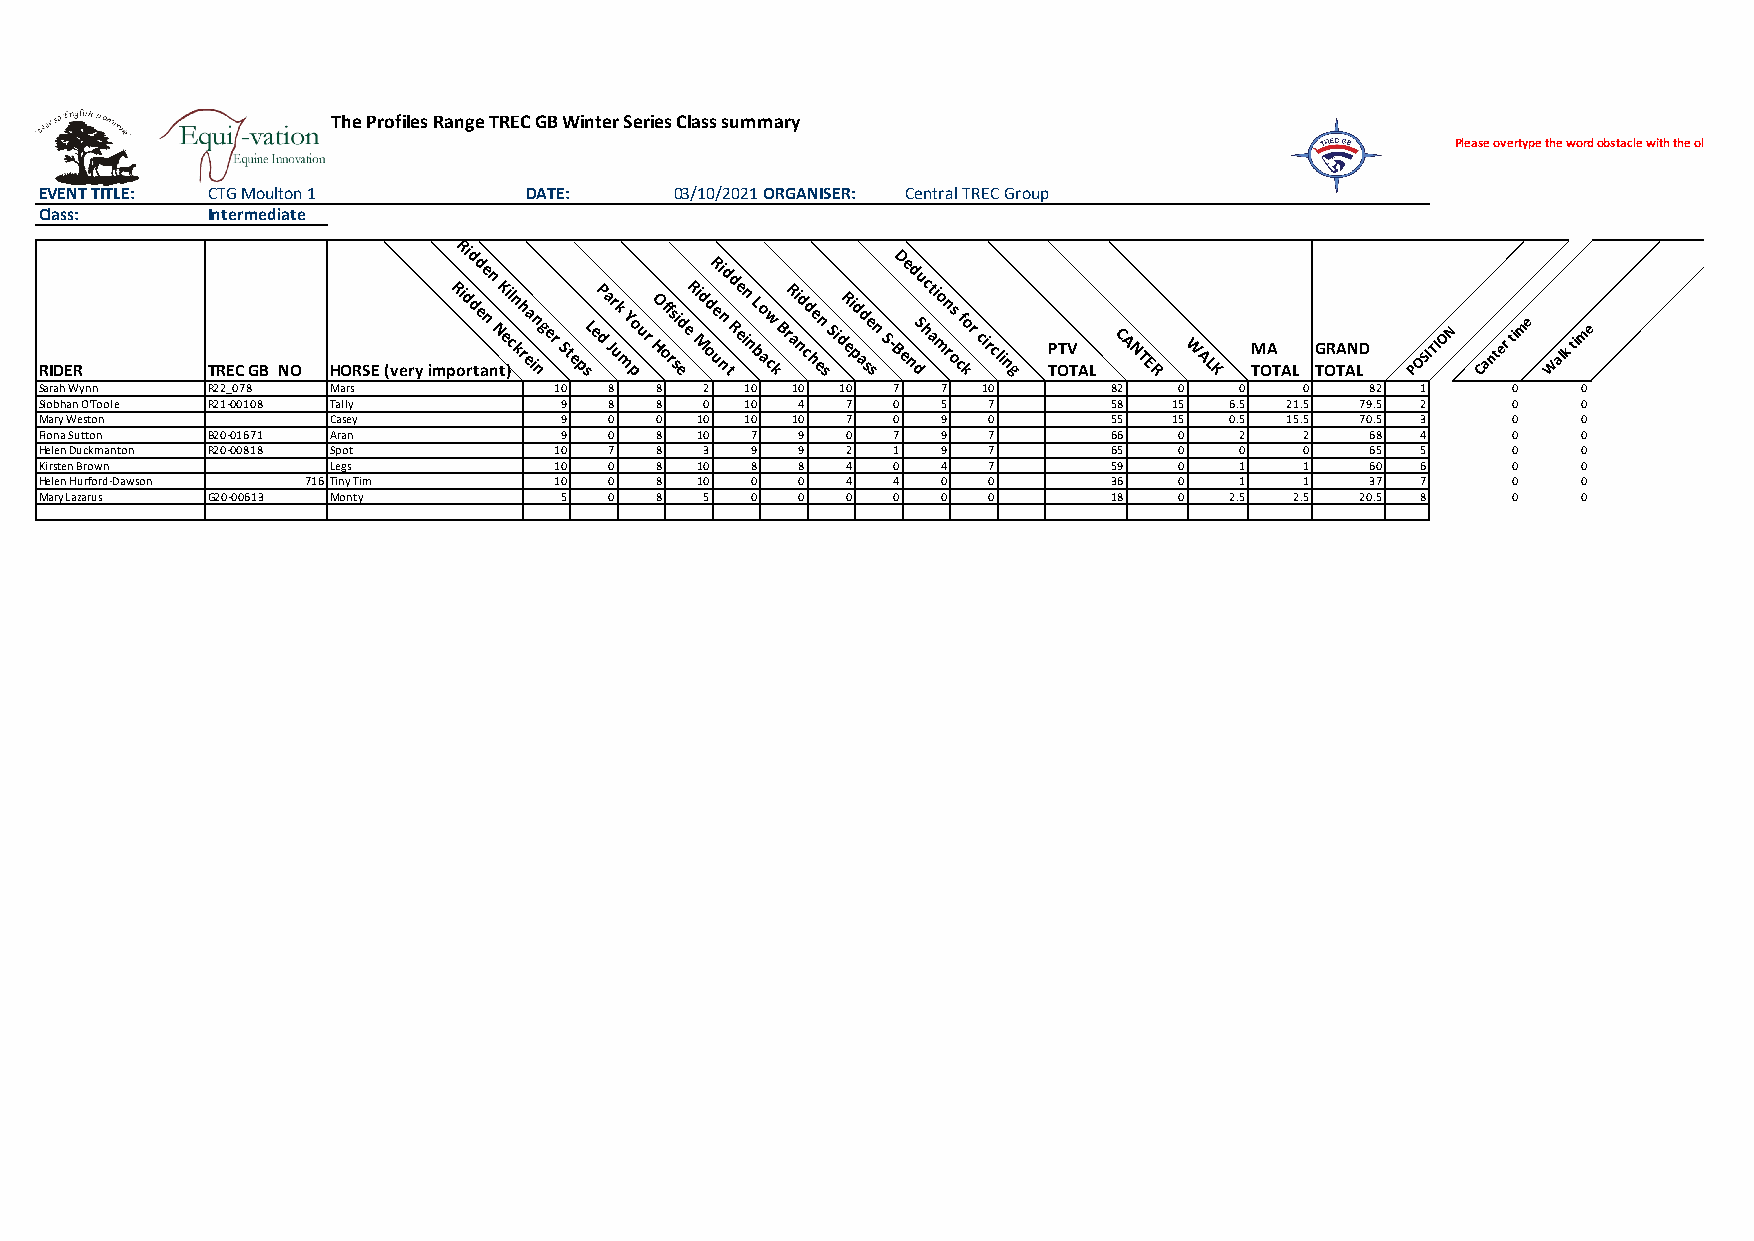
The Profiles Range TREC GB Winter Series Class summary
 Please overtype the word obstacle with the obstacle name.
 EVENT TITLE: CTG Moulton 1      DATE:     03/10/2021ORGANISER: Central TREC Group
 Class:     Intermediate
 Ri
 RIDER      TREC GB NO HORSE (very impRi odd d rd e te n an N n K e ti cl )n kh r ea in ng er St e psL eP da Jr uk m Y po ur HO off rs si ed eR Mi d odR uei nnd t d Re en i n L bo aw ck BrR ai nd cd he en s Si dR ei pd ad se sn S- BD ee nd dSu hc ati mo n r os cf kor circli ng P TOTV T AL C A N TE R W AL K M TOA T AL G TORA TAN LD POSITION Canter time Walk time
 Sarah Wynn R22_078 Mars           10 8  8   2 10 10  10 7  7  10       82  0   0   0    82 1     0    0
 Siobhan O'Toole R21-00108 Tally   9  8  8   0 10  4  7  0  5  7        58  15 6.5 21.5 79.5 2    0    0
 Mary Weston        Casey          9  0  0  10 10 10  7  0  9  0        55  15 0.5 15.5 70.5 3    0    0
 Fiona Sutton B20-01671 Aran       9  0  8  10  7  9  0  7  9  7        66  0   2   2    68 4     0    0
 Helen Duckmanton R20-00818 Spot   10 7  8   3  9  9  2  1  9  7        65  0   0   0    65 5     0    0
 Kirsten Brown      Legs           10 0  8  10  8  8  4  0  4  7        59  0   1   1    60 6     0    0
 Helen Hurford-Dawson 716Tiny Tim  10 0  8  10  0  0  4  4  0  0        36  0   1   1    37 7     0    0
 Mary Lazarus G20-00613 Monty      5  0  8   5  0  0  0  0  0  0        18  0  2.5  2.5 20.5 8    0    0